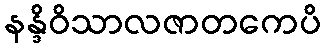
နန္ဒိဝိသာလဇာတကေပိ